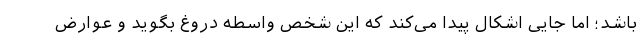
باشد؛ اما جایی اشکال پیدا می‌کند که این شخص واسطه دروغ بگوید و عوارض